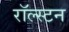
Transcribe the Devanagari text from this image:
रॉल्स्टन